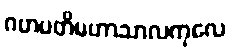
ဂဟပတိမဟာသာလကုလေ